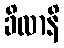
ခိလာနိ